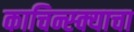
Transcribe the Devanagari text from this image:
काचिन्स्क्याचा